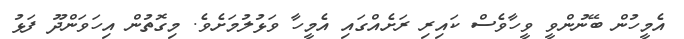
އެމީހުން ބޭނުންވީ ވީހާވެސް ކައިރި ރަށެއްގައި އެމީހާ ވަޅުލުމަށެވެ. މިގޮތުން އިހަވަންދޫ ފަޅު